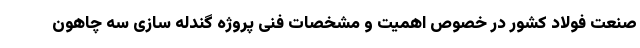
صنعت فولاد کشور در خصوص اهمیت و مشخصات فنی پروژه گندله سازی سه چاهون